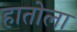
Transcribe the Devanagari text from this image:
हातोला